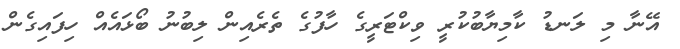
އޭނާ މި ލަނޑު ކާމިޔާބުކުރީ ވިކްޓަރީގެ ހާފުގެ ތެރެއިން ލިބުނު ބޯޅައެއް ހިފައިގެން